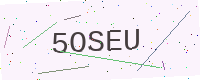
Text: 5OSEU